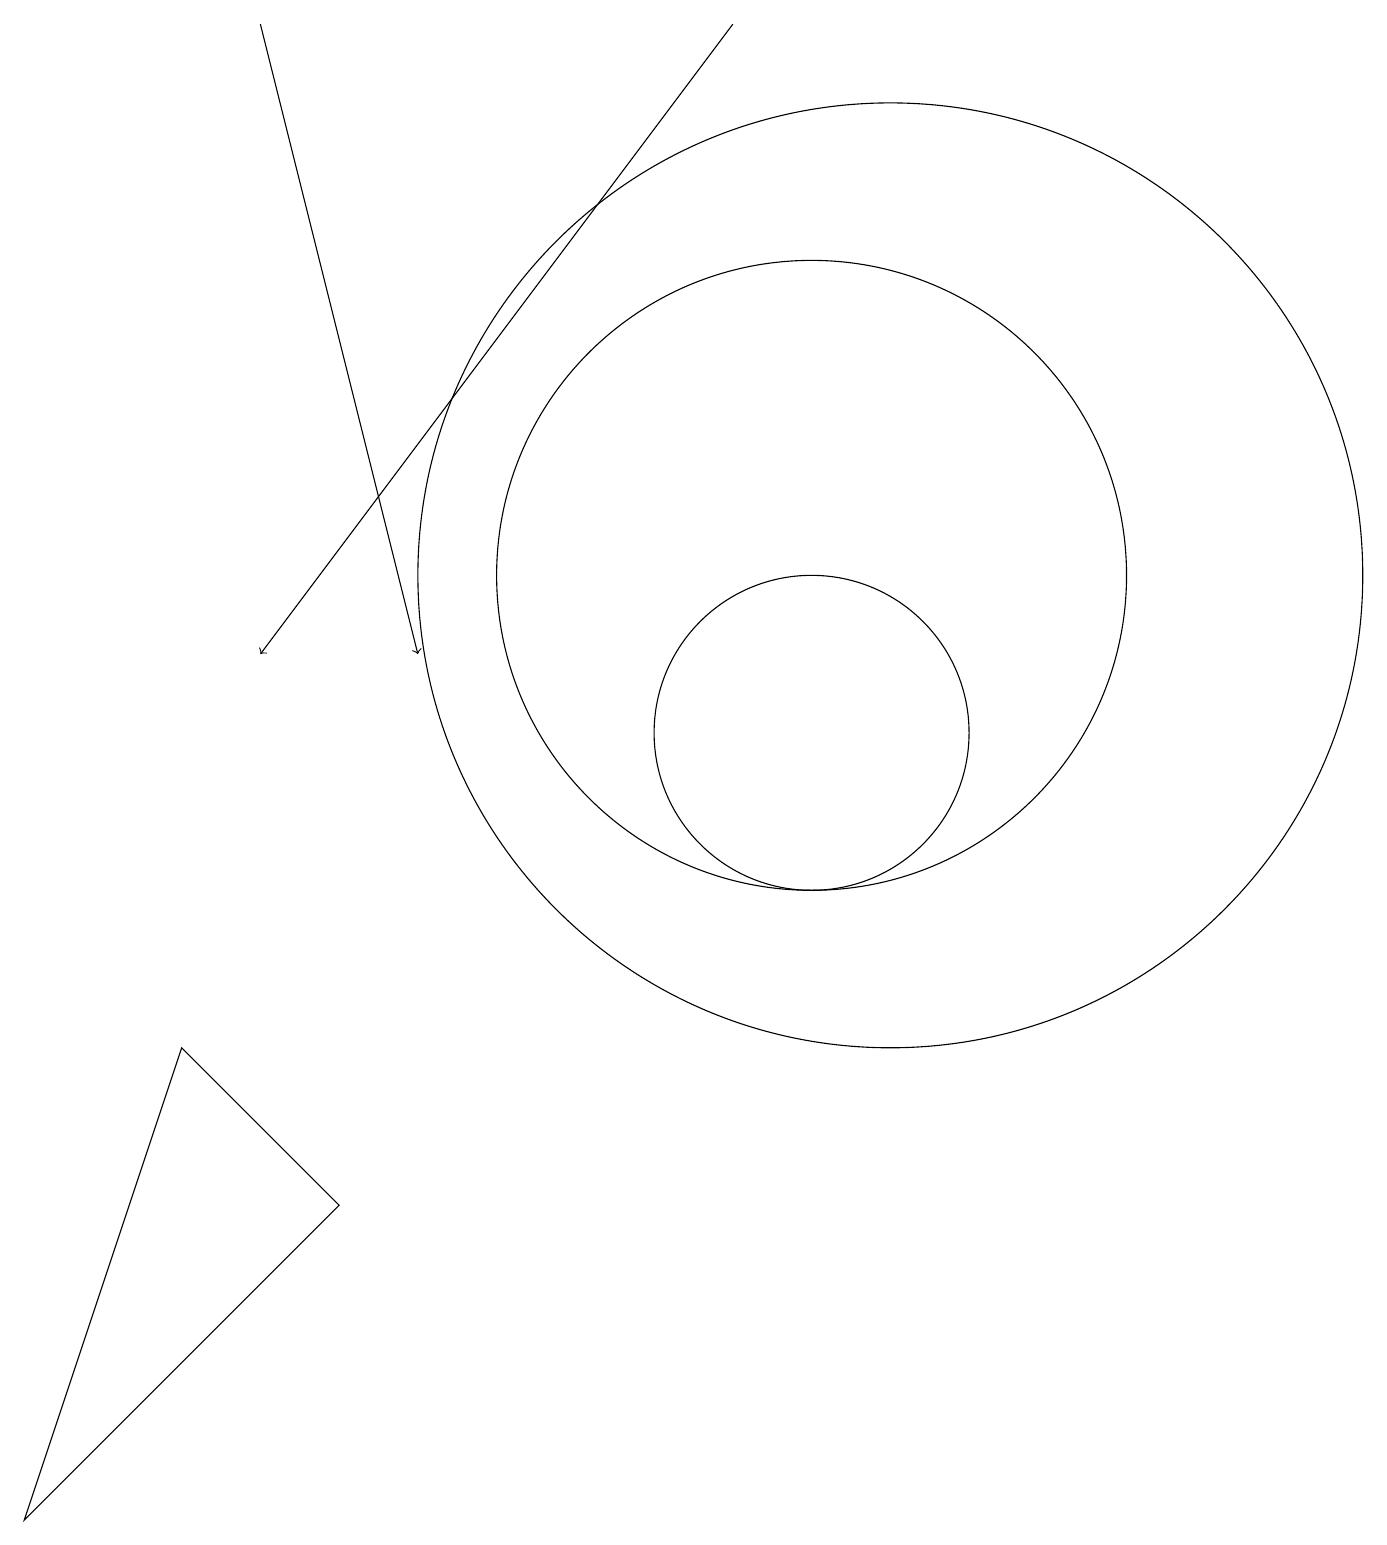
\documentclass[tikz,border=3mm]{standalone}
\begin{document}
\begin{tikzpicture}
\draw (4,4) -- (0,0) -- (2,6) -- cycle;
\draw (10,12) circle (4);
\draw (11,12) circle (6);
\draw[->] (3,19) -- (5,11);
\draw[->] (9,19) -- (3,11);
\draw (11,11) circle (0);
\draw (10,10) circle (2);
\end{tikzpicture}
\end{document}